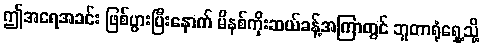
ဤအရေအခင်း ဖြစ်ပွားပြီးနောက် မိနစ်ကိုးဆယ်ခန့်အကြာတွင် ဘူတာရုံရှေ့သို့